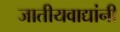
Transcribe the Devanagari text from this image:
जातीयवाद्यांनी